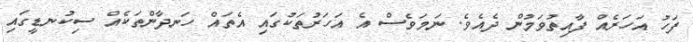
ފަހު އަހަރެއް ފާއިތުވަމުން ދެއެވެ. ނަމަވެސް އެ އަހަރުތަކުގައި އެތައް ހަނދާންތަކެއް ސިކުނޑީގައި